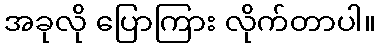
အခုလို ပြောကြား လိုက်တာပါ။